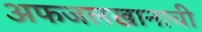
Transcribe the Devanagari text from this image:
अफजलखानाची